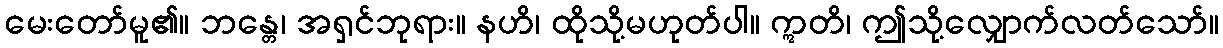
မေးတော်မူ၏။ ဘန္တေ၊ အရှင်ဘုရား။ နဟိ၊ ထိုသို့မဟုတ်ပါ။ ဣတိ၊ ဤသို့လျှောက်လတ်သော်။